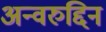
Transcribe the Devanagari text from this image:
अन्वरुद्दिन